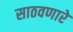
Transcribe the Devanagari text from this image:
साठवणारे